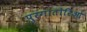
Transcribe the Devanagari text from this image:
पुरगातोरिओ